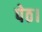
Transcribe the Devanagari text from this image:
पेठ।